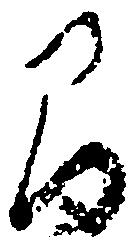
間